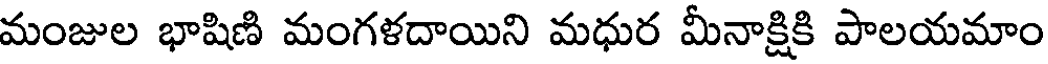
మంజుల భాషిణి మంగళదాయిని మధుర మీనాక్షికి పాలయమాం